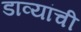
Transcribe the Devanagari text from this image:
डाव्यांची